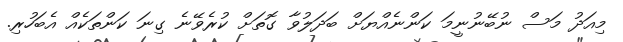
މިއަދު މަސް ނުބޭނުނީމަ ކަންނެއްޔަށް ބަދަލުވާ ގޮތަށް ކުރެވޭނެ ގިނަ ކަންތަކެއް އެބަހުރި.